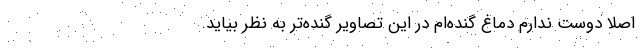
اصلاً دوست ندارم دماغ گنده‌ام در این تصاویر گنده‌تر به نظر بیاید.